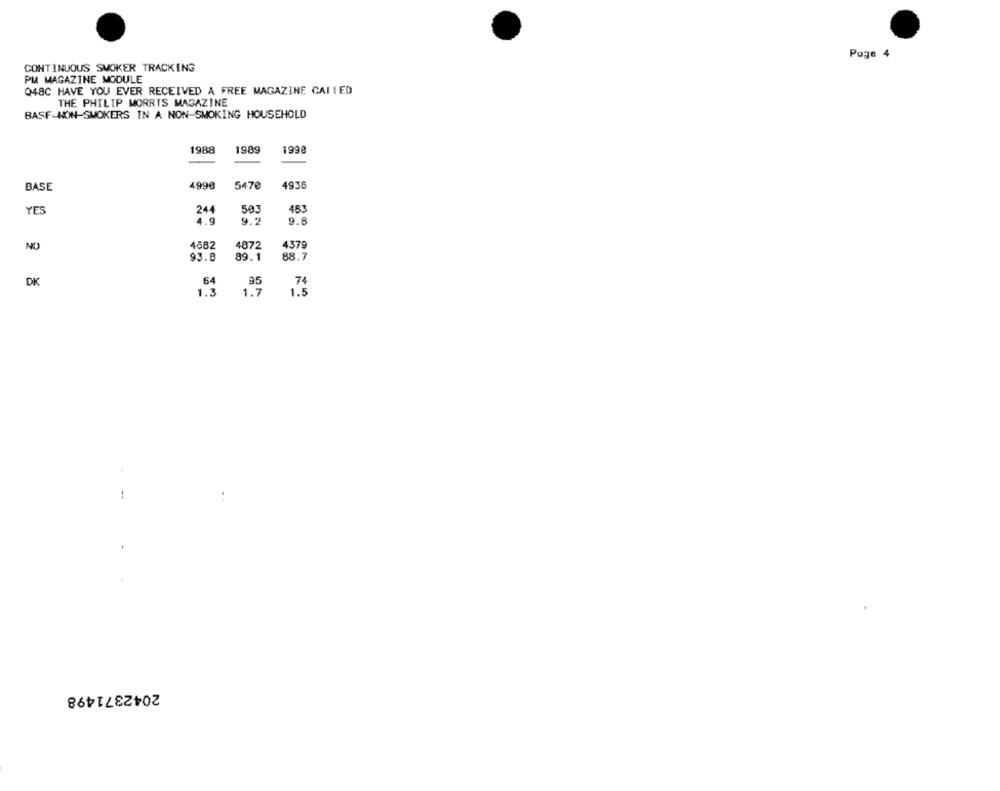
Page 4
CONTINUOUS SMOKER TRACKING
PM MAGAZINE MODULE
Q48C HAVE YOU EVER RECEIVED A FREE MAGAZINE CALLED
THE PHILIP MORRIS MAGAZINE
BASF NON-SMOKERS IN A NON-SMOKING HOUSEHOLD
1988
1989
199
BASE
4990
5470
4936
YES
244
503
453
4.9
9.2
9.8
4682
4872
4379
NO
93.8
89.1
88.7
DK
64
95
74
1.3
1.7
1.5
--
2042371498